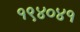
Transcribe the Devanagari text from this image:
१९४०४१